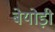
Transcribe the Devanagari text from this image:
बेयोड़ी